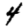
Digit: 4